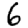
Digit: 6